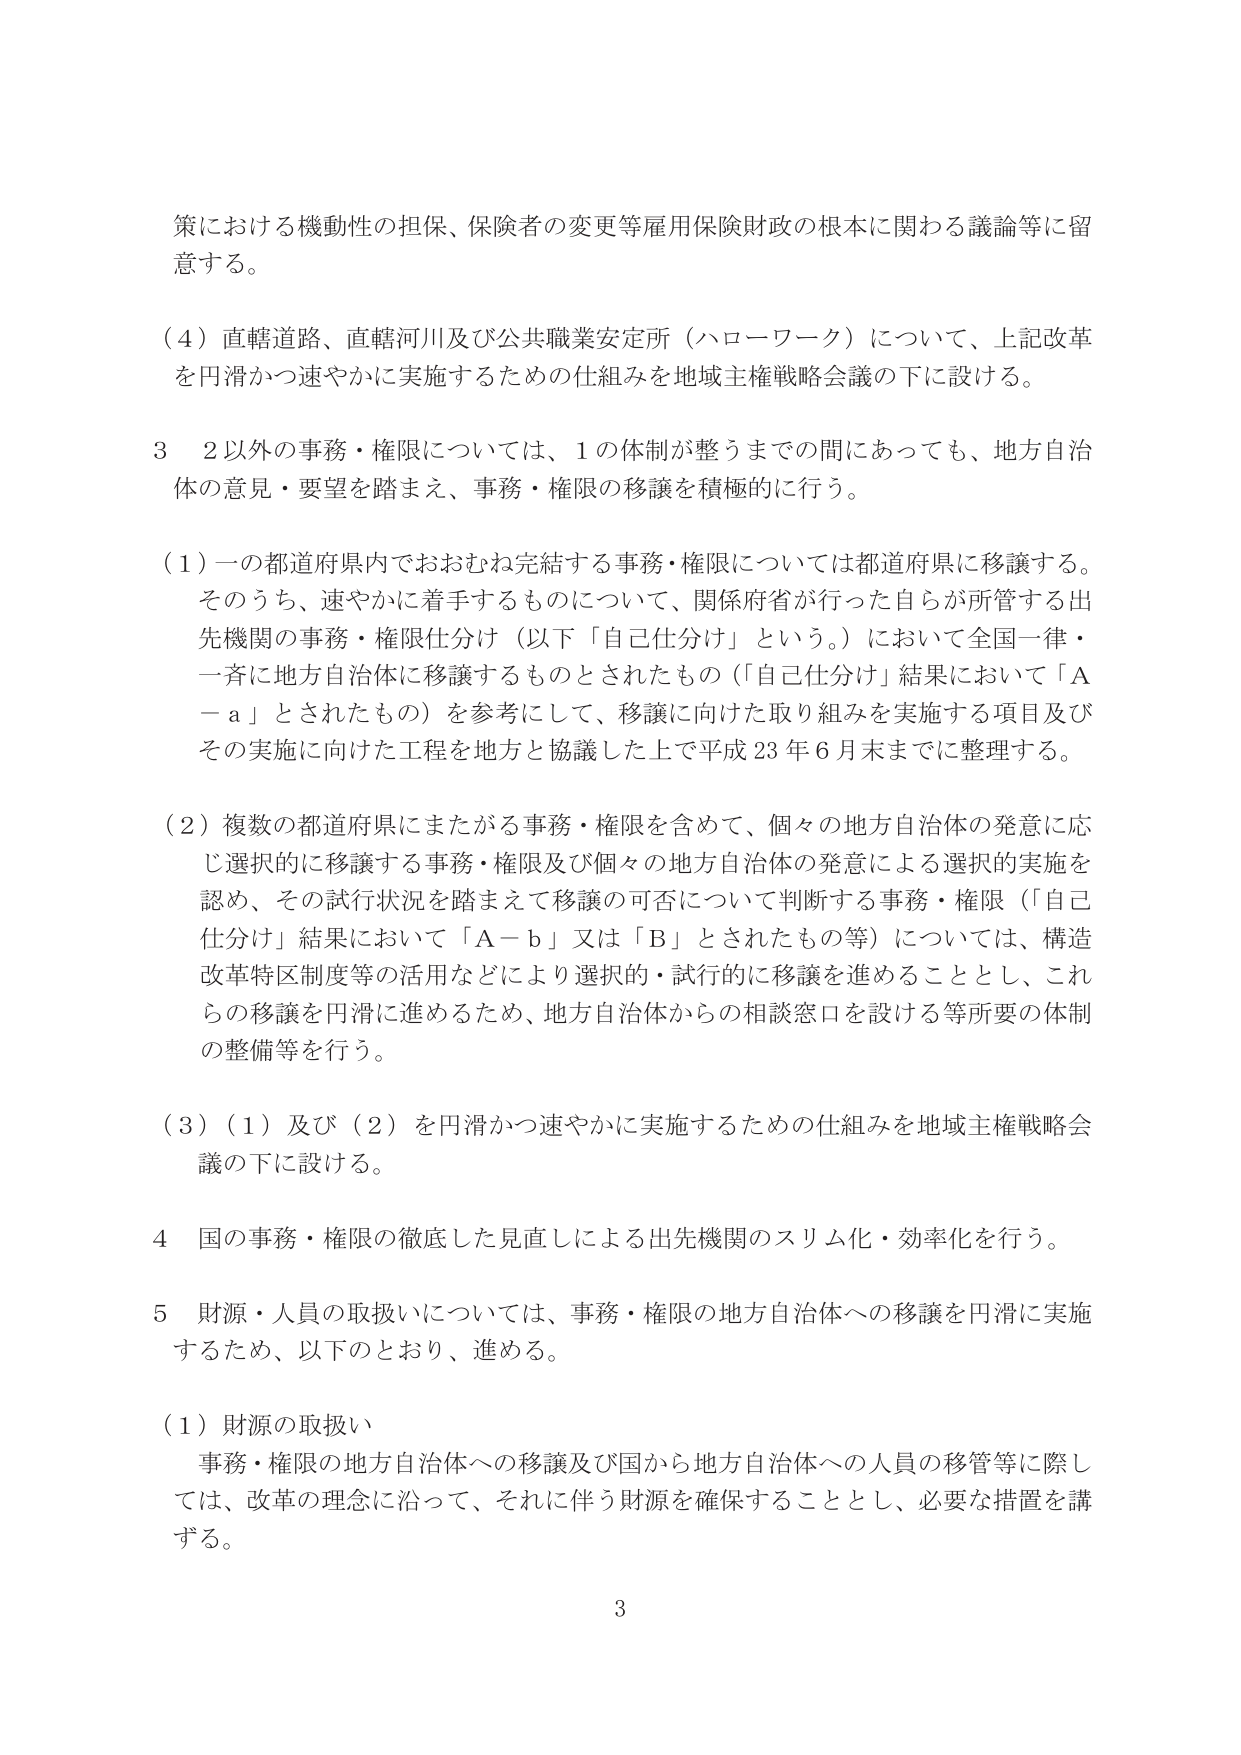
策における機動性の担保、保険者の変更等雇用保険財政の根本に関わる議論等に留意する。

（４）直轄道路、直轄河川及び公共職業安定所（ハローワーク）について、上記改革を円滑かつ速やかに実施するための仕組みを地域主権戦略会議の下に設ける。

３　２以外の事務・権限については、１の体制が整うまでの間であっても、地方自治体の意見・要望を踏まえ、事務・権限の移譲を積極的に行う。

（１）一の都道府県内でおおむね完結する事務・権限については都道府県に移譲する。そのうち、速やかに着手するものについて、関係府省が行った自らが所管する出先機関の事務・権限仕分け（以下「自己仕分け」という。）において全国一律・一斉に地方自治体に移譲するものとされたもの（「自己仕分け」結果において「Ａ－ａ」とされたもの）を参考にして、移譲に向けた取り組みを実施する項目及びその実施に向けた工程を地方と協議した上で平成23年6月末までに整理する。

（２）複数の都道府県にまたがる事務・権限を含めて、個々の地方自治体の発意に応じ選択的に移譲する事務・権限及び個々の地方自治体の発意による選択的実施を認め、その試行状況を踏まえて移譲の可否について判断する事務・権限（「自己仕分け」結果において「Ａ－ｂ」又は「Ｂ」とされたもの等）については、構造改革特区制度等の活用などにより選択的・試行的に移譲を進めることとし、これらの移譲を円滑に進めるため、地方自治体からの相談窓口を設ける等所要の体制の整備等を行う。

（３）（１）及び（２）を円滑かつ速やかに実施するための仕組みを地域主権戦略会議の下に設ける。

４　国の事務・権限の徹底した見直しによる出先機関のスリム化・効率化を行う。

５　財源・人員の取扱いについては、事務・権限の地方自治体への移譲を円滑に実施するため、以下のとおり、進める。

（１）財源の取扱い
　事務・権限の地方自治体への移譲及び国から地方自治体への人員の移管等に際しては、改革の理念に沿って、それに伴う財源を確保することとし、必要な措置を講ずる。

3